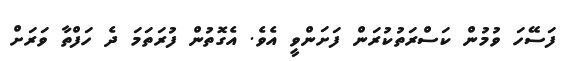
ފަސޭހަ ވުމުން ކަސްރަތުކުރަން ފަށަންވީ އެވެ. އެގޮތުން ފުރަތަމަ ދެ ހަފްތާ ވަރަށް